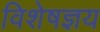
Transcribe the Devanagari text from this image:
विशेषज्ञय